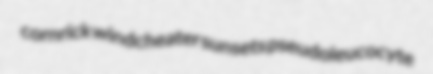
cornrick windcheater sunsets pseudoleucocyte